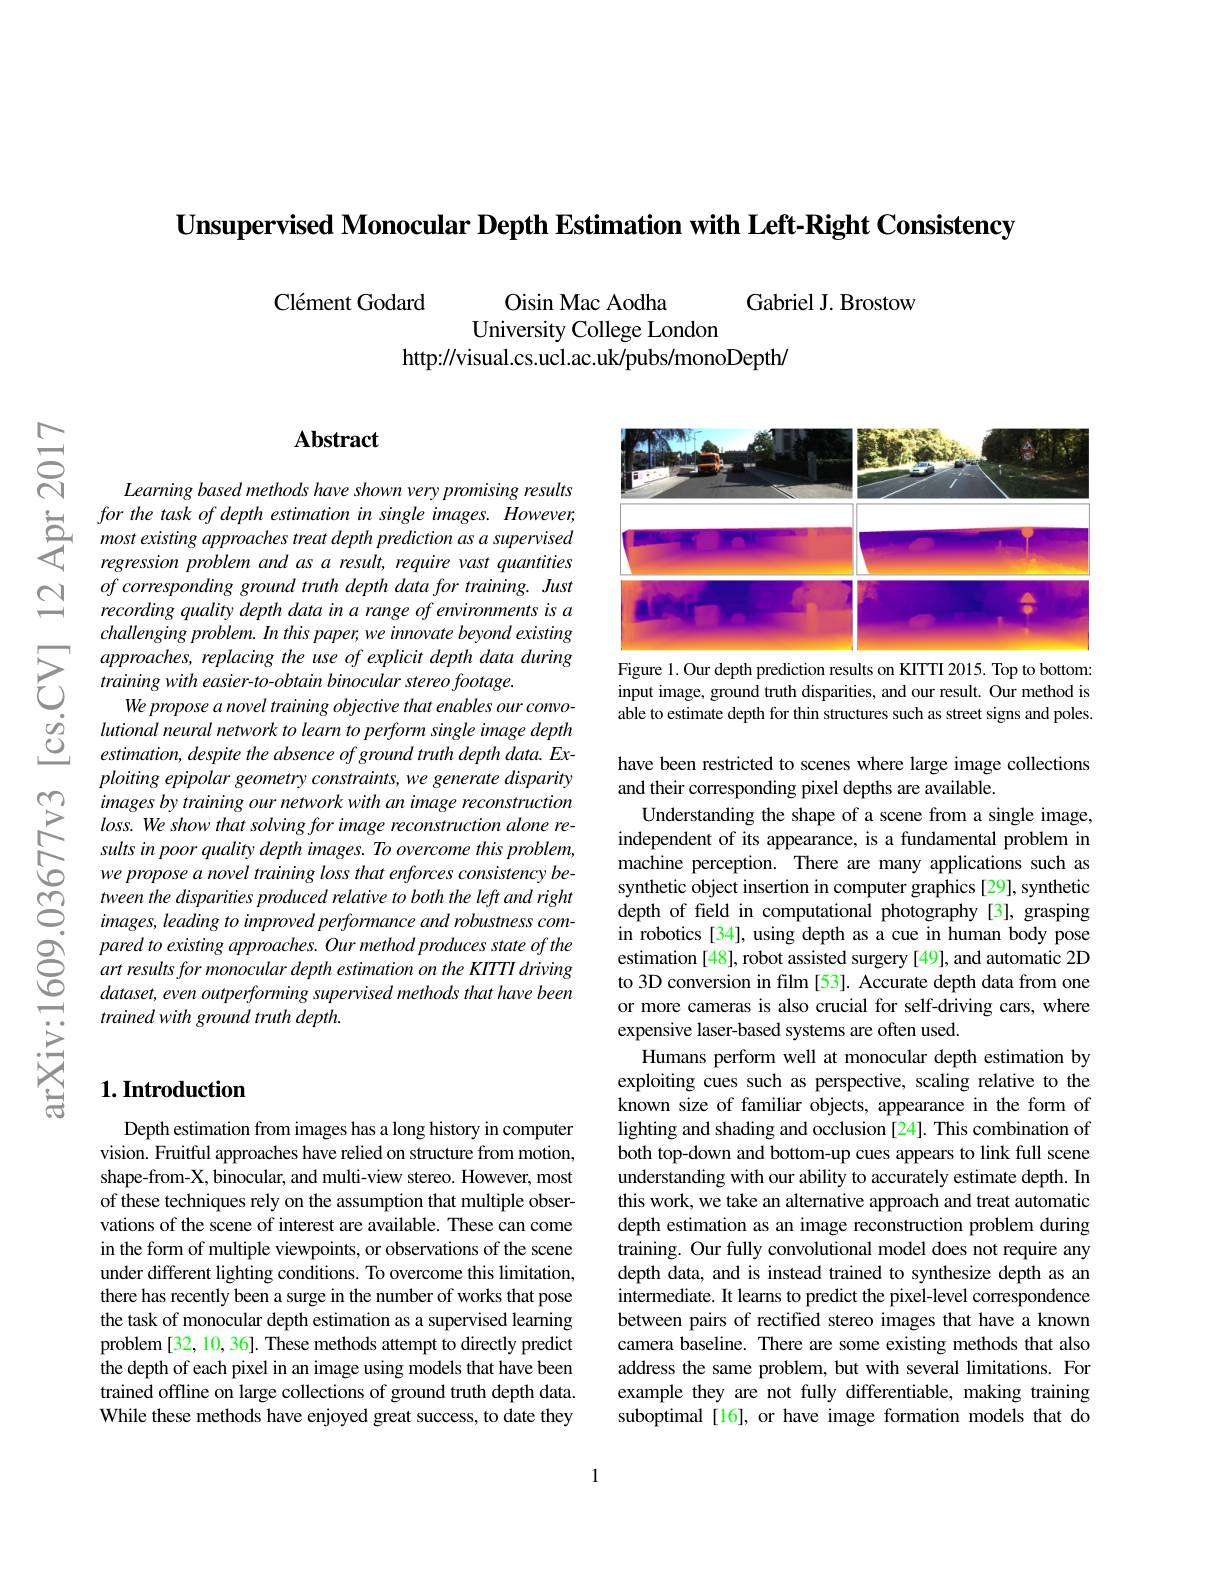
Unsupervised Monocular Depth Estimation with Left-Right Consistency

Cl$\' {e}$mentGodard
Oisin Mac Aodha
Gabriel J. Brostow
University College London
http://visual.cs.ucl.ac.uk/pubs/monoDepth/

$ਨਨੇ$

## $\mathbf{Abstract}$

Learning based methods have shown very promising results
$for~the~task~of~depth~estimation~in~single~images.~However$, most existing approaches treat depth prediction as a supervised $\textit{regression problem and as a result, require vast quantities}$
$of\textit{corresponding ground truth depth data for training. Just}$ recording quality depth data in a range of emvironments is a challenging problem. In this paper, we innovate beyond existing approaches, replacing the use of explicit depth data during training with easier-to-obtain binocular stereo footage.
We propose a novel training objective that enables our convolutional neural network to leam to perform single image depth $estimation,despite the absence of ground truth depth data. Ex-$ ploiting epipolar geometry constraints, we generate disparity images by training our network with an image reconstruction loss. We show that solving for image reconstruction alone results in poor quality depth images. To overcome this problem, we propose a novel training loss that enforces consistency between the disparities produced relative to both the left and right images, leading to improved performance and robustness compared to existing approaches. Our method produces state of the art results for monocular depth estimation on the KITTI driving $dataset, even\textit{ outperforming supervised methods that have been}$ trained with ground truth depth.

## $1. \textbf{Introduction}$

Depth estimation from images has a long history in computer vision. Fruitful approaches have relied on structure from motion, shape-from-X, binocular, and multi-view stereo. However, most of these techniques rely on the assumption that multiple observations of the scene of interest are available. These can come in the form of multiple viewpoints, or observations of the scene under different lighting conditions. To overcome this limitation, there has recently been a surge in the number of works that pose the task of monocular depth estimation as a supervised learning problem [32, 10, 36]. These methods attempt to directly predict the depth of each pixel in an image using models that have been trained offline on large collections of ground truth depth data. While these methods have enjoyed great success, to date they

<FigureHere>

Figure 1. Our depth prediction results on KITTI 2015. Top to bottom: input image, ground truth disparities, and our result. Our method is able to estimate depth for thin structures such as street signs and poles.

have been restricted to scenes where large image collections
and their corresponding pixel depths are available.
Understanding the shape of a scene from a single image, independent of its appearance, is a fundamental problem in machine perception. There are many applications such as synthetic object insertion in computer graphics [29], synthetic depth of field in computational photography[3], grasping in robotics [34], using depth as a cue in human body pose estimation [48], robot assisted surgery [49], and automatic 2D to 3D conversion in film [53]. Accurate depth data from one or more cameras is also crucial for self-driving cars, where expensive laser-based systems are often used.
Humans perform well at monocular depth estimation by exploiting cues such as perspective, scaling relative to the known size of familiar objects, appearance in the form of lighting and shading and occlusion [24]. This combination of both top-down and bottom-up cues appears to link full scene understanding with our ability to accurately estimate depth. In this work, we take an alternative approach and treat automatic depth estimation as an image reconstruction problem during training. Our fully convolutional model does not require any depth data, and is instead trained to synthesize depth as an intermediate. It learns to predict the pixel-level correspondence between pairs of rectified stereo images that have a known camera baseline. There are some existing methods that also address the same problem, but with several limitations. For example they are not fully differentiable, making training suboptimal [16], or have image formation models that do